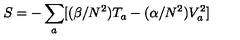
S = - \sum _ { a } [ ( \beta / N ^ { 2 } ) T _ { a } - ( \alpha / N ^ { 2 } ) V _ { a } ^ { 2 } ]